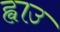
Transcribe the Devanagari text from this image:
ह्वाउ